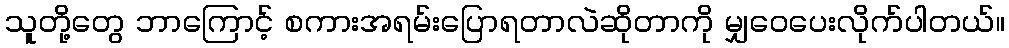
သူတို့တွေ ဘာကြောင့် စကားအရမ်းပြောရတာလဲဆိုတာကို မျှဝေပေးလိုက်ပါတယ်။